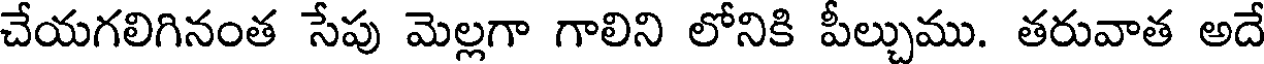
చేయగలిగినంత సేపు మెల్లగా గాలిని లోనికి పీల్చుము. తరువాత అదే